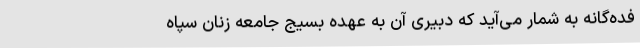
فده‌گانه به شمار می‌آید که دبیری آن به عهده بسیج جامعه زنان سپاه